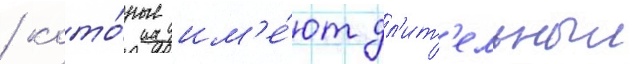
/ кото́рые им'е́ют дл'ит'ельныи